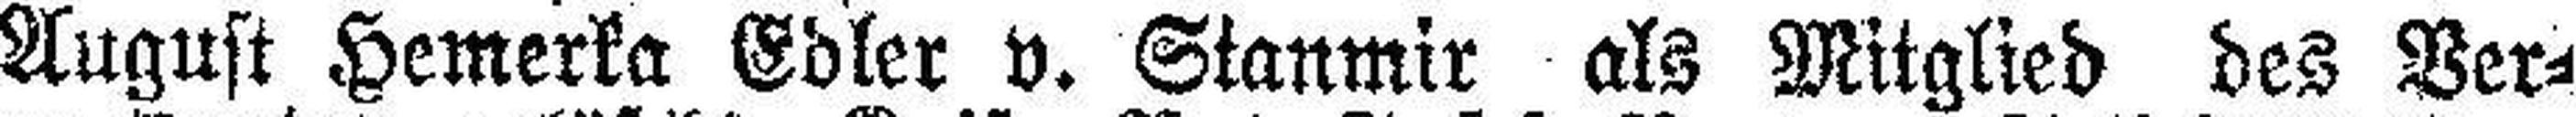
August Hemerka Edler v. Stanmir als Mitglied des Ver-